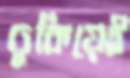
ঢুকিয়েই